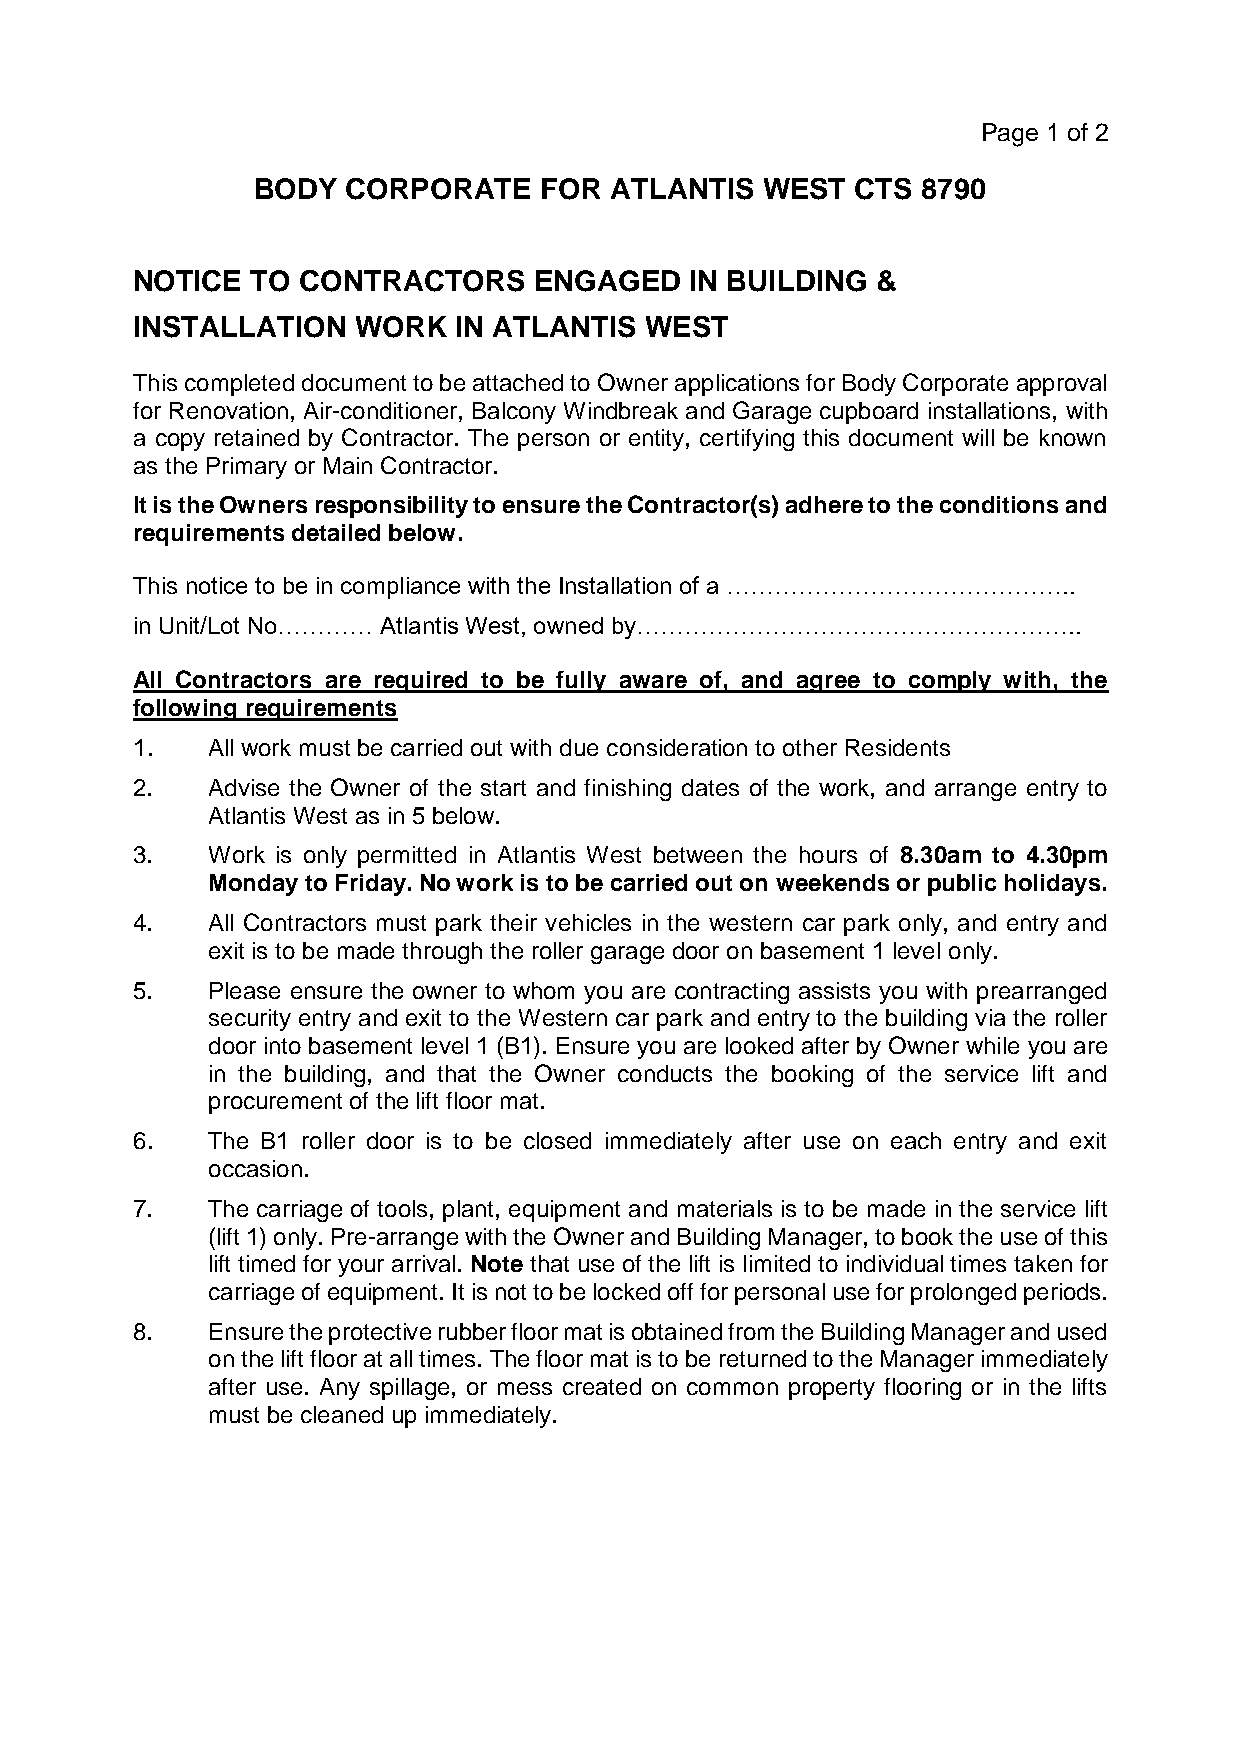
Page 1 of 2
 BODY  CORPORATE    FOR ATLANTIS  WEST   CTS 8790
 NOTICE  TO CONTRACTORS    ENGAGED    IN BUILDING &
 INSTALLATION  WORK   IN ATLANTIS  WEST
 This completed document to be attached to Owner applications for Body Corporate approval
 for Renovation, Air-conditioner, Balcony Windbreak and Garage cupboard installations, with
 a copy retained by Contractor. The person or entity, certifying this document will be known
 as the Primary or Main Contractor.
 It is the Owners responsibility to ensure the Contractor(s) adhere to the conditions and
 requirements detailed below.
 This notice to be in compliance with the Installation of a ……………………………………..
 in Unit/Lot No………… Atlantis West, owned by………………………………………………..
 All Contractors are required to be fully aware of, and agree to comply with, the
 following requirements
 1.   All work must be carried out with due consideration to other Residents
 2.   Advise the Owner of the start and finishing dates of the work, and arrange entry to
 Atlantis West as in 5 below.
 3.   Work is only permitted in Atlantis West between the hours of 8.30am to 4.30pm
 Monday to Friday. No work is to be carried out on weekends or public holidays.
 4.   All Contractors must park their vehicles in the western car park only, and entry and
 exit is to be made through the roller garage door on basement 1 level only.
 5.   Please ensure the owner to whom you are contracting assists you with prearranged
 security entry and exit to the Western car park and entry to the building via the roller
 door into basement level 1 (B1). Ensure you are looked after by Owner while you are
 in the building, and that the Owner conducts the booking of the service lift and
 procurement of the lift floor mat.
 6.   The B1 roller door is to be closed immediately after use on each entry and exit
 occasion.
 7.   The carriage of tools, plant, equipment and materials is to be made in the service lift
 (lift 1) only. Pre-arrange with the Owner and Building Manager, to book the use of this
 lift timed for your arrival. Note that use of the lift is limited to individual times taken for
 carriage of equipment. It is not to be locked off for personal use for prolonged periods.
 8.   Ensure the protective rubber floor mat is obtained from the Building Manager and used
 on the lift floor at all times. The floor mat is to be returned to the Manager immediately
 after use. Any spillage, or mess created on common property flooring or in the lifts
 must be cleaned up immediately.